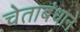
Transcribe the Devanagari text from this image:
चेताबंधाने